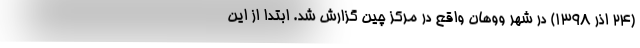
(۲۴ اذر ۱۳۹۸) در شهر ووهان واقع در مرکز چین گزارش شد. ابتدا از این